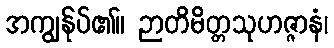
အကျွန်ုပ်၏။ ဉာတိမိတ္တသုဟဇ္ဇာနံ၊